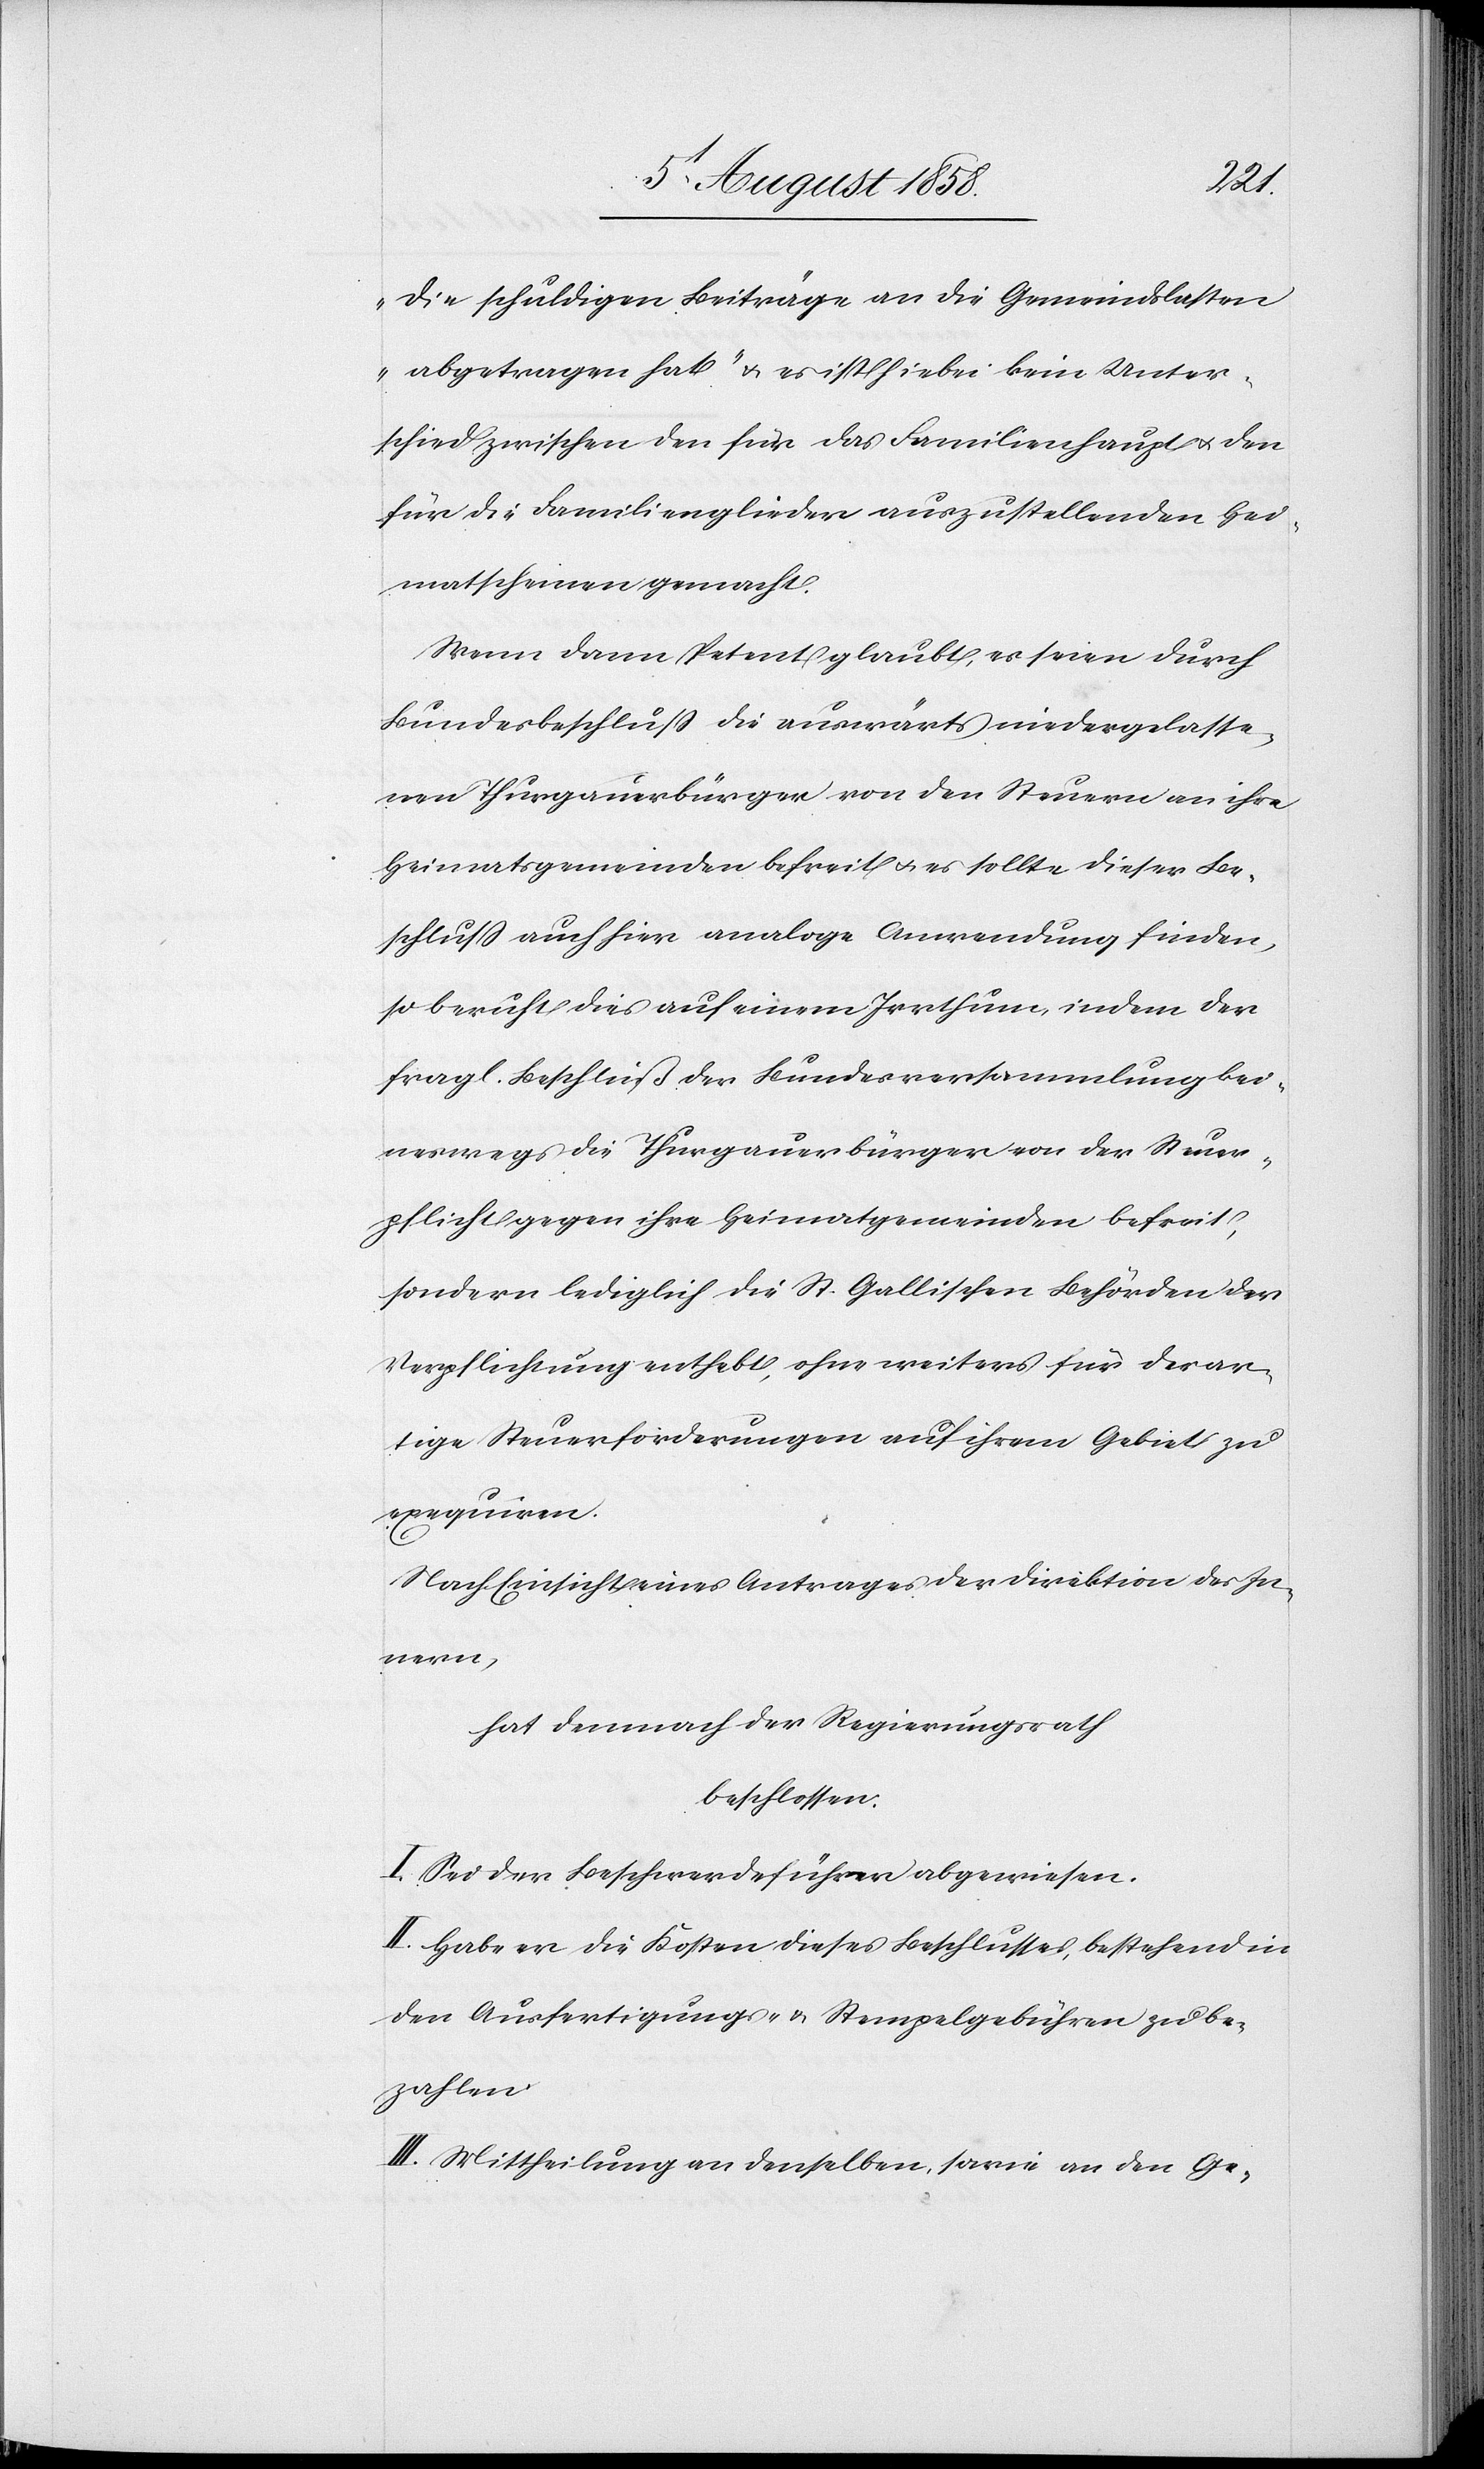
die schuldigen Beiträge an die Gemeindslasten
abgetragen hat“ & es ist hiebei kein Unter¬
schied zwischen den für das Familienhaupt & den
für die Familienglieder auszustellenden Hei¬
matscheinen gemacht.
Wenn dann Petent glaubt, es seien durch
Bundesbeschluss die auswärts niedergelasse¬
nen Thurgauerbürger von den Steuern an ihre
Heimatsgemeinden befreit & es sollte dieser Be¬
schluss auch hier analoge Anwendung finden,
so beruht dies auf einem Irrthum, indem der
fragl. Beschluß der Bundesversammlung kei¬
neswegs die Thurgauerbürger von der Steuer¬
pflicht gegen ihre Heimatgemeinden befreit,
sondern lediglich die St. Gallischen Behörden der
Verpflichtung enthebt, ohne weiters für derar¬
tige Steuerforderungen auf ihrem Gebiet zu
exequiren.
Nach Einsicht eines Antrages der Direktion des In¬
nern,
hat demnach der Regierungsrath
beschlossen:
I. Sei der Beschwerdeführer abgewiesen.
II. Habe er die Kosten dieses Beschlusses, bestehend in
den Ausfertigungs- & Stempelgebühren zu be¬
zahlen.
III. Mittheilung an denselben, sowie an den Ge-